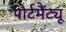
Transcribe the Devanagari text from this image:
पोर्टमैंट्यू